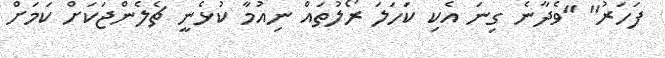
ފަހަރު" "ވެދާނެ ގިނަ އެކި ކަހަލަ ރޯލުތައް ނިއުމާ ކުޅެނީ ޗެލެންޖަކަށް ކަމަށް